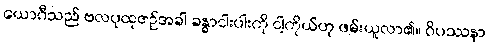
ယောဂီသည် ဗလပုထုဇဉ်အခါ ခန္ဓာငါးပါးကို ငါ့ကိုယ်ဟု ဖမ်းယူလာ၏။ ဝိပဿနာ